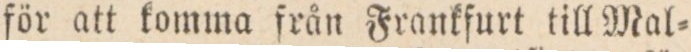
för att komma från Frankfurt till Mal=